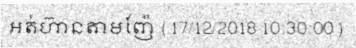
អត់ហ៊ានតាមញ៉ែ (17/12/2018 10:30:00)